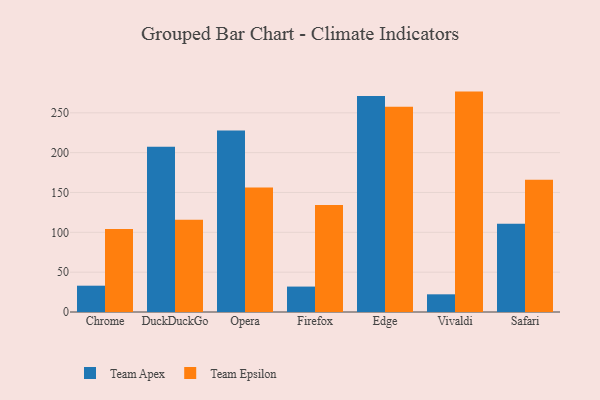
{"axis": {"x": "Browser", "y": "Revenue (USD Million)"}, "legend": ["Team Apex", "Team Epsilon"], "data": [{"x": "Chrome", "y": 33.0, "type": "Team Apex"}, {"x": "Chrome", "y": 104.2, "type": "Team Epsilon"}, {"x": "DuckDuckGo", "y": 207.5, "type": "Team Apex"}, {"x": "DuckDuckGo", "y": 115.8, "type": "Team Epsilon"}, {"x": "Opera", "y": 227.7, "type": "Team Apex"}, {"x": "Opera", "y": 156.3, "type": "Team Epsilon"}, {"x": "Firefox", "y": 31.9, "type": "Team Apex"}, {"x": "Firefox", "y": 134.4, "type": "Team Epsilon"}, {"x": "Edge", "y": 271.0, "type": "Team Apex"}, {"x": "Edge", "y": 257.6, "type": "Team Epsilon"}, {"x": "Vivaldi", "y": 22.2, "type": "Team Apex"}, {"x": "Vivaldi", "y": 276.6, "type": "Team Epsilon"}, {"x": "Safari", "y": 110.8, "type": "Team Apex"}, {"x": "Safari", "y": 165.9, "type": "Team Epsilon"}]}